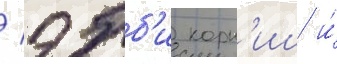
/ эбб'и корн'иш и́